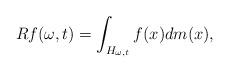
LaTeX: \begin{align*}Rf(\omega,t)=\int_{H_{\omega ,t}}f(x)dm(x),\end{align*}